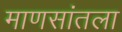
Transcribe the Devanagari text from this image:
माणसांतला